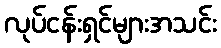
လုပ်ငန်းရှင်များအသင်း